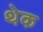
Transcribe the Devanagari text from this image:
थेक